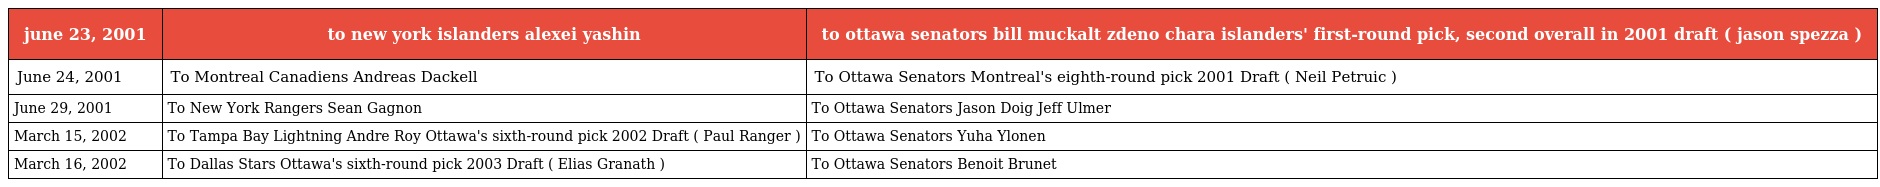
| june 23, 2001 | to new york islanders alexei yashin | to ottawa senators bill muckalt zdeno chara islanders' first-round pick, second overall in 2001 draft ( jason spezza ) |
 | --- | --- | --- |
 | June 24, 2001 | To Montreal Canadiens Andreas Dackell | To Ottawa Senators Montreal's eighth-round pick 2001 Draft ( Neil Petruic ) |
 | June 29, 2001 | To New York Rangers Sean Gagnon | To Ottawa Senators Jason Doig Jeff Ulmer |
 | March 15, 2002 | To Tampa Bay Lightning Andre Roy Ottawa's sixth-round pick 2002 Draft ( Paul Ranger ) | To Ottawa Senators Yuha Ylonen |
 | March 16, 2002 | To Dallas Stars Ottawa's sixth-round pick 2003 Draft ( Elias Granath ) | To Ottawa Senators Benoit Brunet |